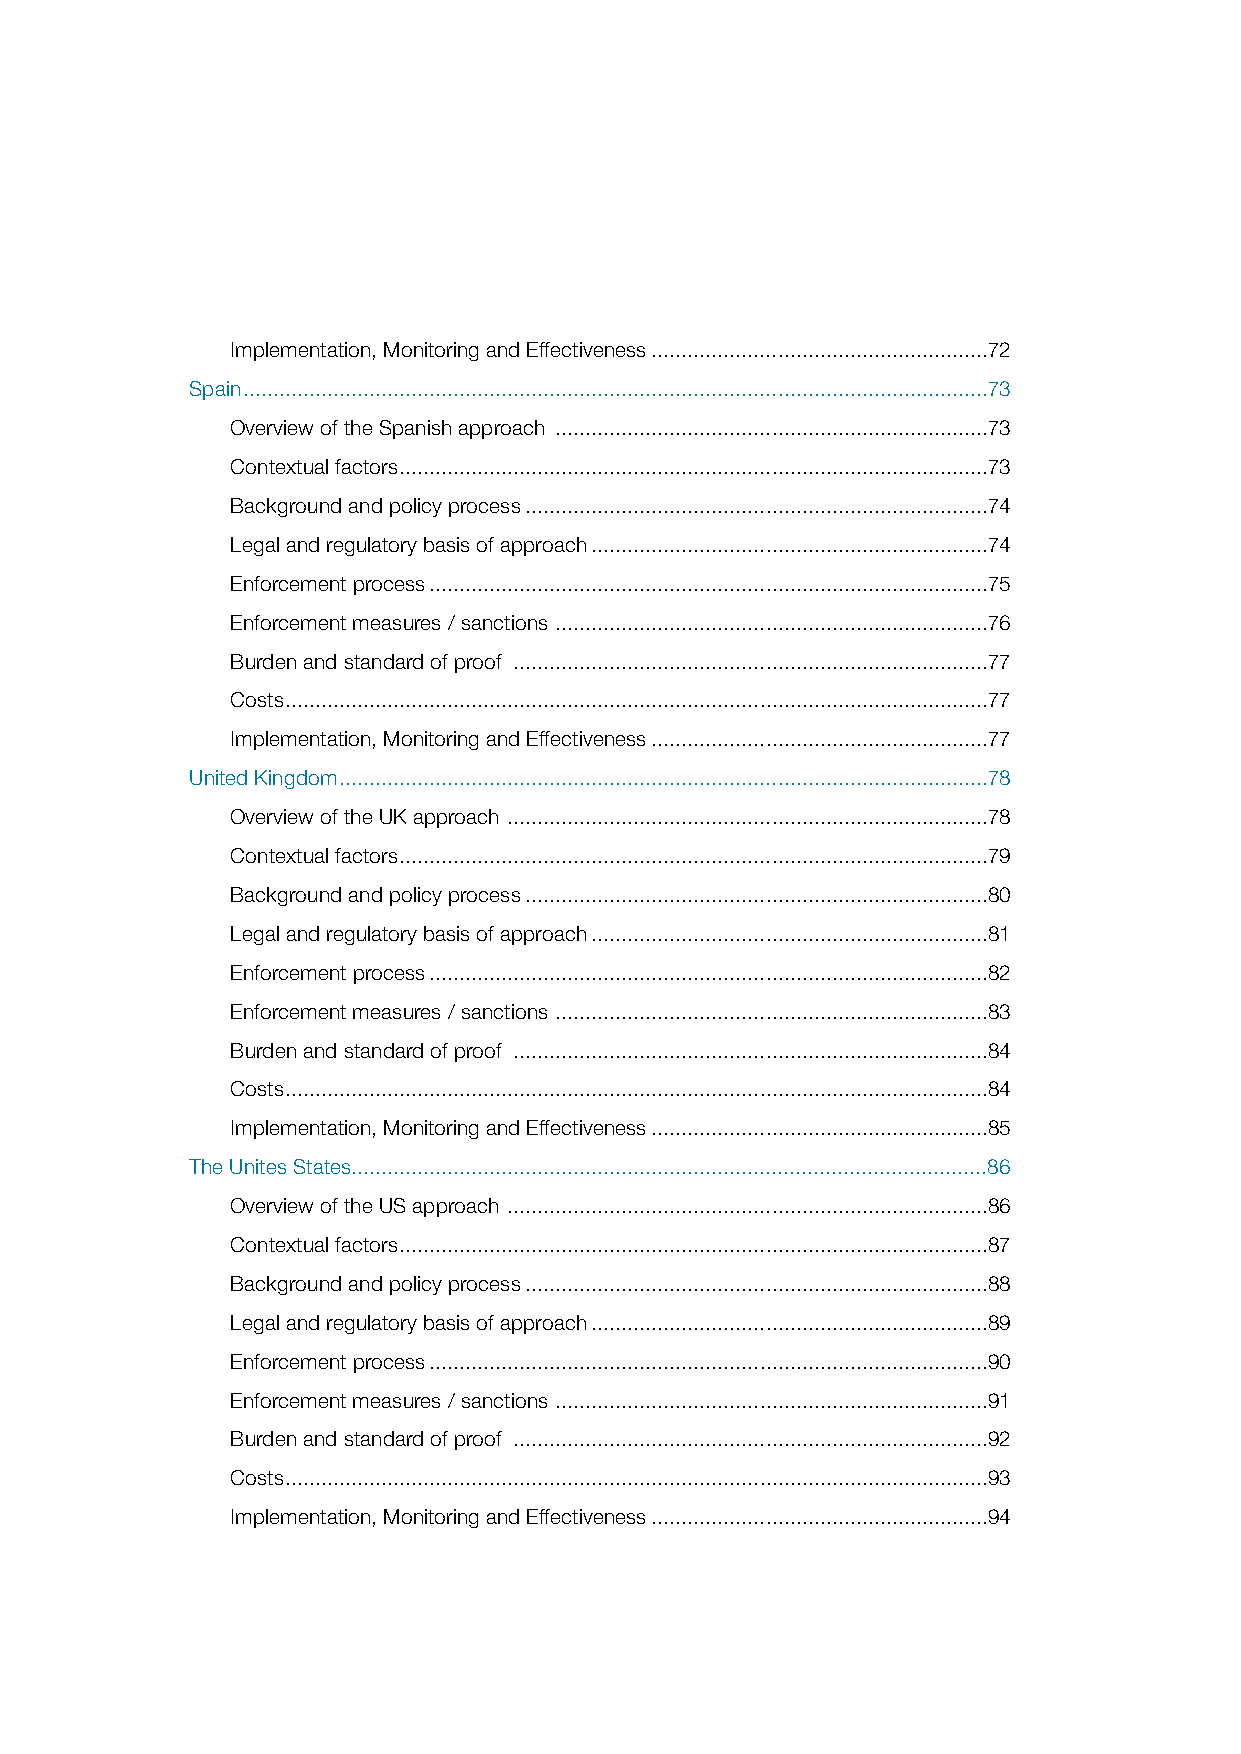
Implementation, Monitoring and Effectiveness ........................................................72
 Spain ............................................................................................................................73
 Overview of the Spanish approach ........................................................................73
 Contextual factors ..................................................................................................73
 Background and policy process .............................................................................74
 Legal and regulatory basis of approach ..................................................................74
 Enforcement process .............................................................................................75
 Enforcement measures / sanctions ........................................................................76
 Burden and standard of proof ...............................................................................77
 Costs .....................................................................................................................77
 Implementation, Monitoring and Effectiveness ........................................................77
 United Kingdom ............................................................................................................78
 Overview of the UK approach ................................................................................78
 Contextual factors ..................................................................................................79
 Background and policy process .............................................................................80
 Legal and regulatory basis of approach ..................................................................81
 Enforcement process .............................................................................................82
 Enforcement measures / sanctions ........................................................................83
 Burden and standard of proof ...............................................................................84
 Costs .....................................................................................................................84
 Implementation, Monitoring and Effectiveness ........................................................85
 The Unites States..........................................................................................................86
 Overview of the US approach ................................................................................86
 Contextual factors ..................................................................................................87
 Background and policy process .............................................................................88
 Legal and regulatory basis of approach ..................................................................89
 Enforcement process .............................................................................................90
 Enforcement measures / sanctions ........................................................................91
 Burden and standard of proof ...............................................................................92
 Costs .....................................................................................................................93
 Implementation, Monitoring and Effectiveness ........................................................94